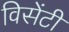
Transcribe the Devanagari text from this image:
विसेंटी